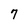
Character: 7